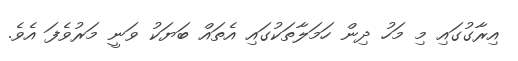
އިރާގުގައި މި މަހު ދިން ހަމަލާތަކުގައި އެތައް ބަޔަކު ވަނީ މަރުވެފަ އެވެ.